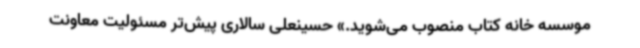
موسسه خانه کتاب منصوب می‌شوید.» حسینعلی سالاری پیش‌تر مسئولیت معاونت